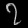
Digit: ၇